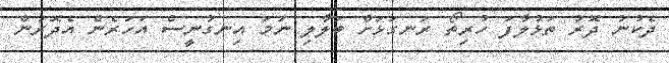
ދެކުނު ދޮރު ތަޅުލާފަ ހުރިތޯ ރަނގަޅަށް ބަލާލި ނަމަ އިނގުނީސް އަހަރެން އެދޮރުން